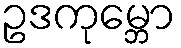
ဥဒကုမ္ဘော